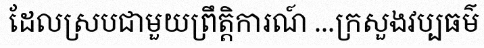
ដែលស្របជាមួយព្រឹត្តិការណ៍ ...ក្រសួងវប្បធម៌